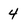
Character: 4